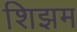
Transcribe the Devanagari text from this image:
शिझम